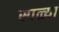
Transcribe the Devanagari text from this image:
साळ्या